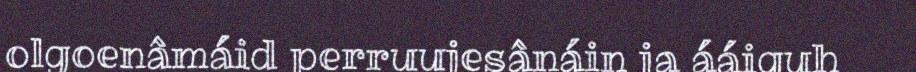
olgoenâmáid perruujesânáin ja ááiguh